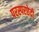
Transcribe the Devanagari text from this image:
परस्परछेदी